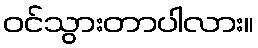
ဝင်သွားတာပါလား။